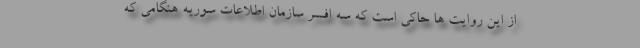
از این روایت‌ ها حاکی است که سه افسر سازمان اطلاعات سوریه هنگامی که